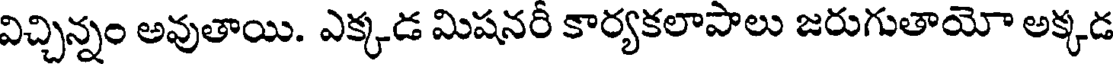
విచ్చిన్నం అవుతాయి. ఎక్కడ మిషనరీ కార్యకలాపాలు జరుగుతాయో అక్కడ